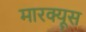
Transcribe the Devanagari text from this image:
मारक्यूस